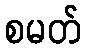
စမတ်